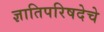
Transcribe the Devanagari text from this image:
ज्ञातिपरिषदेचे